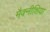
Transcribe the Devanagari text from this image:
मैक्नीशिया